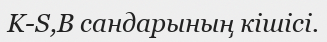
K-S,B сандарының кішісі.